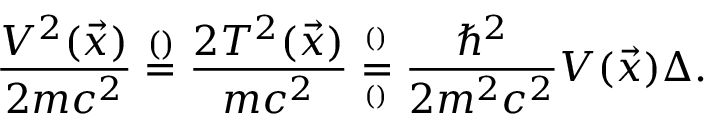
\frac { V ^ { 2 } ( \vec { x } ) } { 2 m c ^ { 2 } } \overset { \footnotesize ( ) } { = } \frac { 2 T ^ { 2 } ( \vec { x } ) } { m c ^ { 2 } } \overset { ^ { ( ) } } { \underset { ^ { ( ) } } { = } } \frac { \hbar ^ { 2 } } { 2 m ^ { 2 } c ^ { 2 } } V ( \vec { x } ) \Delta .